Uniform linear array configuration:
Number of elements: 24
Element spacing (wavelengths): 0.25
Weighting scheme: uniform
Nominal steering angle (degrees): -30
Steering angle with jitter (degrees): -29.726
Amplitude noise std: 0.05
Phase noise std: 0.05

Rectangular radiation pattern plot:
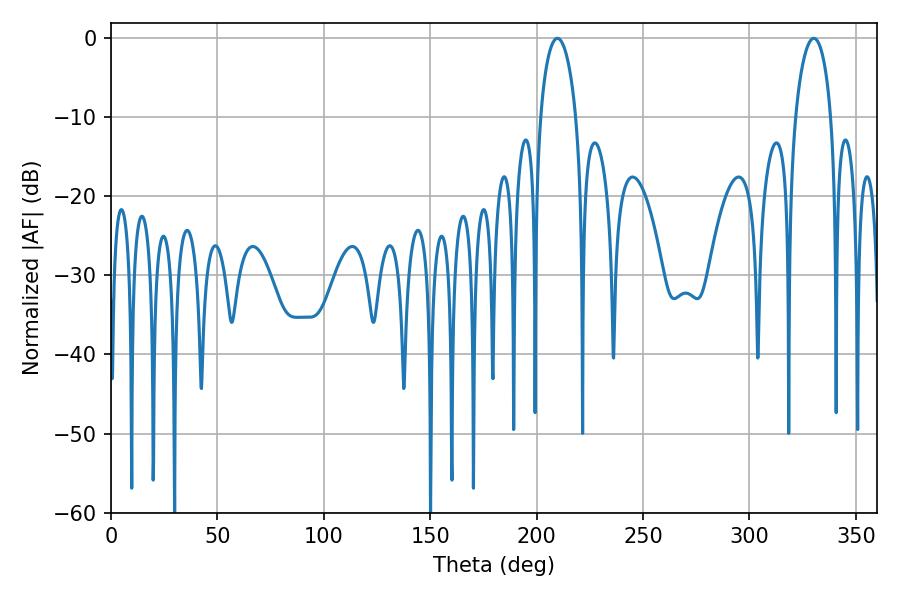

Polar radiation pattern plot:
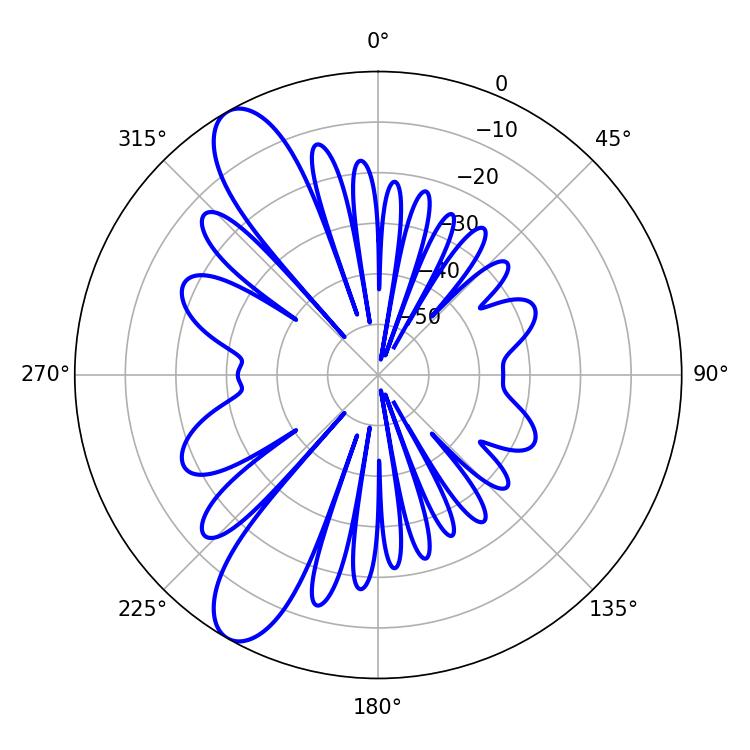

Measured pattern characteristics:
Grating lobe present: FALSE
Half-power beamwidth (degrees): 9.72
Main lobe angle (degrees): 209.7